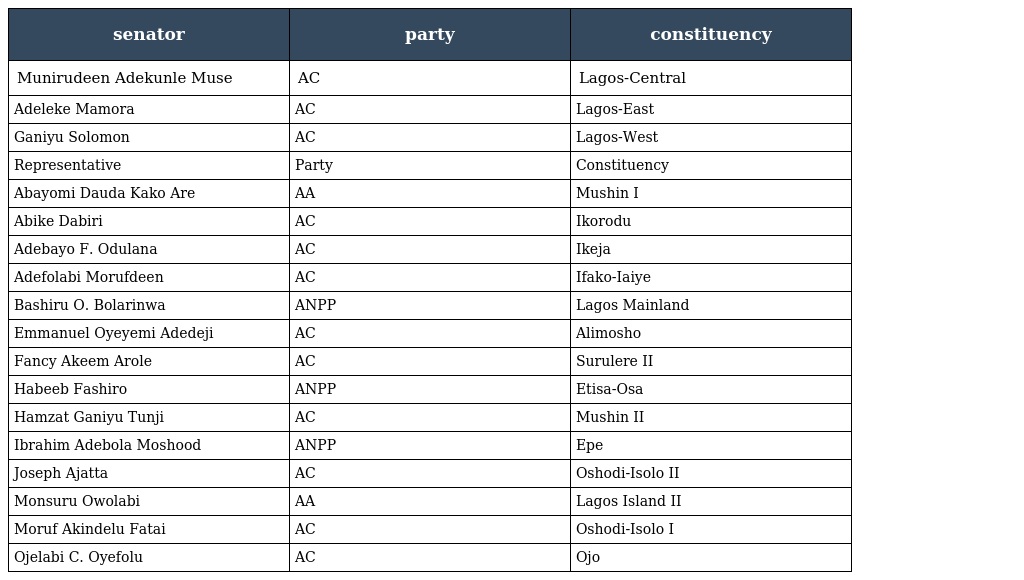
| senator | party | constituency |
 | --- | --- | --- |
 | Munirudeen Adekunle Muse | AC | Lagos-Central |
 | Adeleke Mamora | AC | Lagos-East |
 | Ganiyu Solomon | AC | Lagos-West |
 | Representative | Party | Constituency |
 | Abayomi Dauda Kako Are | AA | Mushin I |
 | Abike Dabiri | AC | Ikorodu |
 | Adebayo F. Odulana | AC | Ikeja |
 | Adefolabi Morufdeen | AC | Ifako-Iaiye |
 | Bashiru O. Bolarinwa | ANPP | Lagos Mainland |
 | Emmanuel Oyeyemi Adedeji | AC | Alimosho |
 | Fancy Akeem Arole | AC | Surulere II |
 | Habeeb Fashiro | ANPP | Etisa-Osa |
 | Hamzat Ganiyu Tunji | AC | Mushin II |
 | Ibrahim Adebola Moshood | ANPP | Epe |
 | Joseph Ajatta | AC | Oshodi-Isolo II |
 | Monsuru Owolabi | AA | Lagos Island II |
 | Moruf Akindelu Fatai | AC | Oshodi-Isolo I |
 | Ojelabi C. Oyefolu | AC | Ojo |